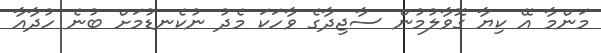
މަންމާ އޭ ކިޔާ ގޮވާލުމުން ސާޖިދާގެ ވާހަކަ މެދު ނުކެނޑުމަށް ބުނެ ހުދާއާ